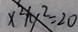
x ^ { 2 } + y ^ { 2 } = 2 0